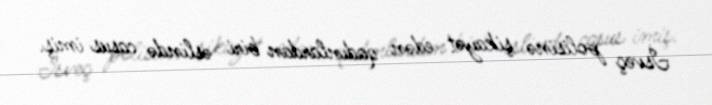
İsveç polisinə şikayət edən qadınlardan biri əslində casus imiş.